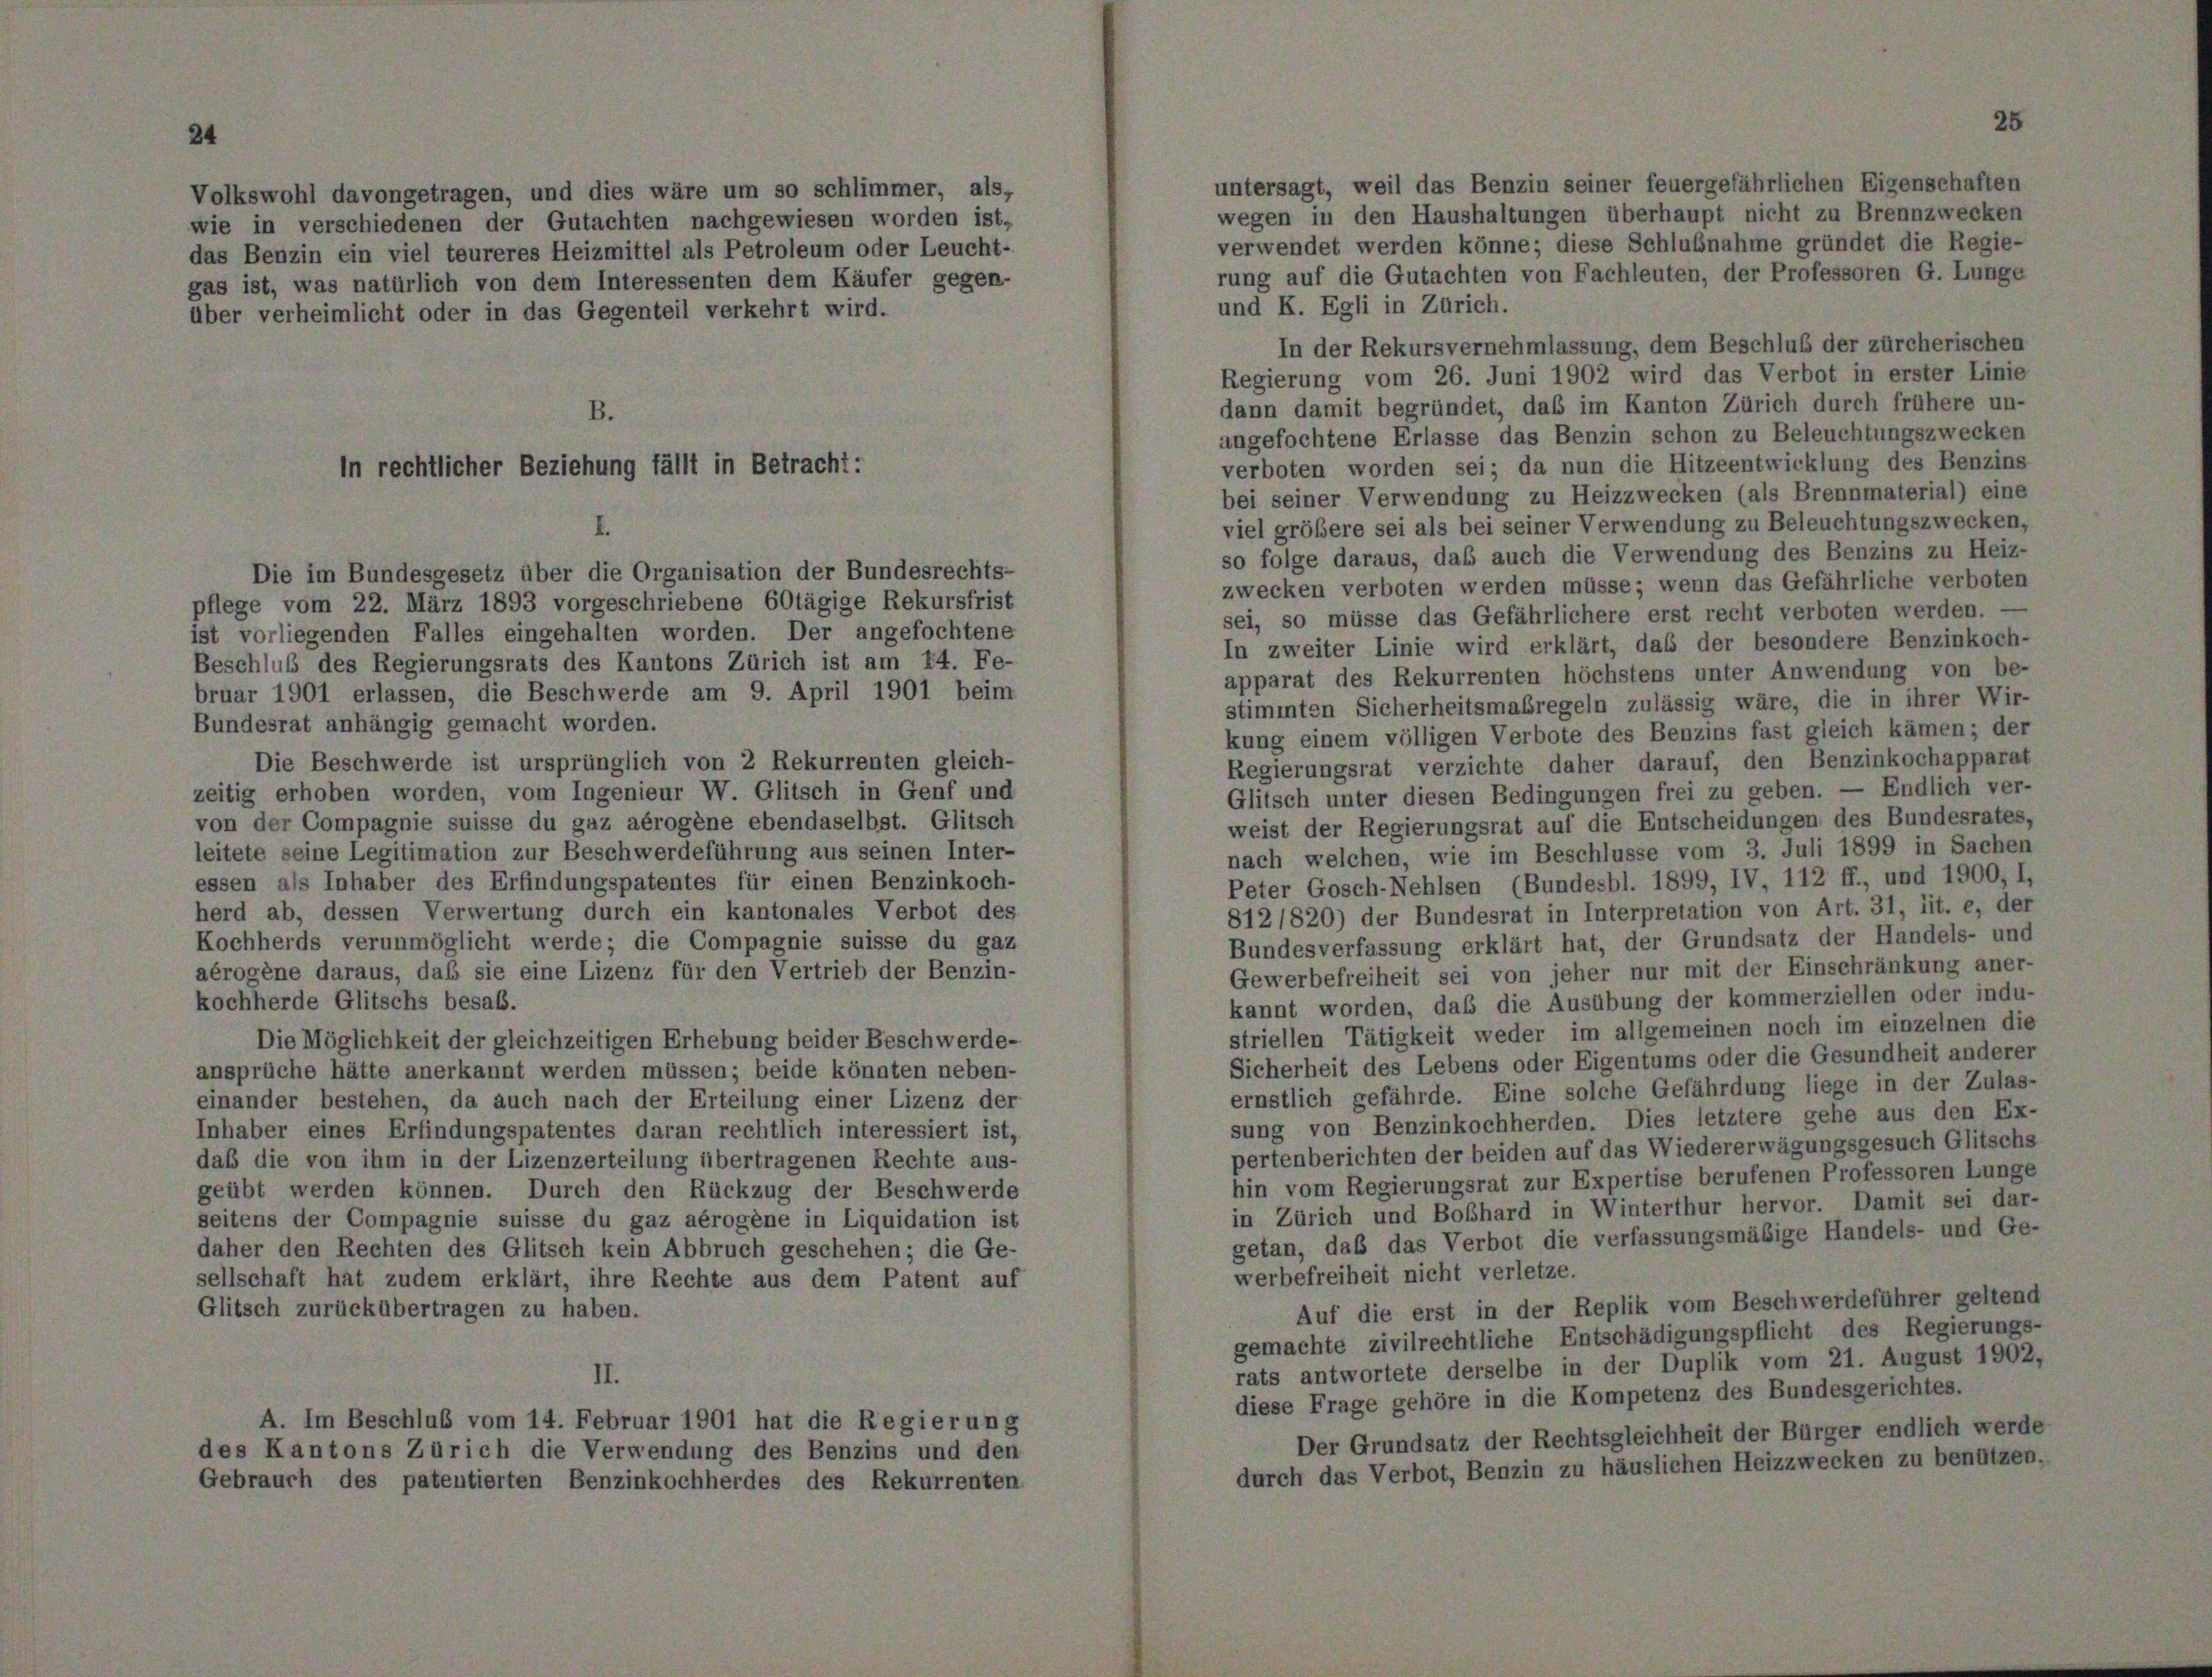
s I

pflege vom 22. März 1893 vorgeschriebene 60tägige Rekursfrist
ist vorliegenden Falles eingehalten worden. Der angefochtene
Beschluß des Regierungsrats des Kantons Zürich ist am 14. Fe-
bruar 1901 erlassen, die Beschwerde am 9. April 1901 beim
Bundesrat anhängig gemacht worden.
Die Beschwerde ist ursprünglich von 2 Rekurrenten gleich-
zeitig erhoben worden, vom Ingenieur W. Glitsch in Genf und
von der Compagnie suisse du gaz abrogène ebendaselbst. Glitsch
leitete seine Legitimation zur Beschwerdeführung aus seinen Inter-
essen als Inhaber des Erfindungspatentes für einen Benzinkoch-
herd ab, dessen Verwertung durch ein kantonales Verbot des
Kochherds verunmöglicht werde; die Compagnie suisse du gaz
aérogène daraus, daß sie eine Lizenz für den Vertrieb der Benzin-
kochherde Glitschs besab.
Die Möglichkeit der gleichzeitigen Erhebung beider Beschwerde-
ansprüche hätte anerkannt werden müssen; beide könnten neben-
einander bestehen, da auch nach der Erteilung einer Lizenz der
Inhaber eines Erfindungspatentes daran rechtlich interessiert ist,
daß die von ihm in der Lizenzerteilung übertragenen Rechte aus-
geübt werden können. Durch den Rückzug der Beschwerde
seitens der Compagnie suisse du gaz aérogène in Liquidation ist
daher den Rechten des Glitsch kein Abbruch geschehen; die Ge-
sellschaft hat zudem erklärt, ihre Rechte aus dem Patent auf
Glitsch zurückübertragen zu haben.

A. Im Beschluß vom 14. Februar 1901 hat die Res
s Kantons Zürich die Verwendung des Benzins
brauch des patentierten Benzinkochherdes des Reb

viesen worden ist,
leum oder Leucht-

ung

tersagt, weil das Benzin seiner feuergefäh
igen in den Haushaltungen überhaupt i
erwendet werden könne; diese Schlußnahr
ng auf die Gutachten von Fachleuten, der
d K. Egli in Zürich.

In der Rekurs vernehmlassung, dem Beschluß der zürcherischer
egierung vom 26. Juni 1902 wird das Verbot in erster Linie
inn damit begründet, das im Kanton Zürich durch frühere un
gefochtene Erlasse das Benzin schon zu Beleuchtungszwecker
erboten worden sei; da nun die Hitzeentwicklung des Benzin
i seiner Verwendung zu Heizzwecken (als Brennmaterial) ein
iel größere sei als bei seiner Verwendung zu Beleuchtungszwecker
folge daraus, daß auch die Verwendung des Benzins zu Heiz
wecken verboten werden müsse; wenn das Gefährliche verbote
l, so müsse das Gefährlichere erst recht verboten werden.
 zweiter Linie wird erklärt, daß der besondere Benzinkoch
pparat des Rekurrenten höchstens unter Anwendung von be
timmten Sicherheitsmaßregeln zulässig wäre, die in ihrer Wir
ung einem völligen Verbote des Benzins fast gleich kämen; de
egierungsrat verzichte daher darauf, den Benzinkochappare
litsch unter diesen Bedingungen frei zu geben. — Endlich ve
eist der Regierungsrat auf die Entscheidungen des Bundesrates
ach welchen, wie im Beschlüsse vom 3. Juli 1899 in Sache
eter Gosch-Nehlsen (Bundesbl. 1899, IV, 112 ff., und 1900,
12/820) der Bundesrat in Interpretation von Art. 31, lit. e, de
fundesverfassung erklärt hat, der Grundsatz der Handels- un
Gewerbefreiheit sei von jeher nur mit der Einschränkung ane
annt worden, daß die Ausübung der kommerziellen oder ind
riellen Tätigkeit weder im allgemeinen noch im einzelnen d
icherheit des Lebens oder Eigentums oder die Gesundheit ander
rnstlich gefährde. Eine solche Gefährdung liege in der Zula
ung von Benzinkochherden. Dies letztere gehe aus den E
pertenberichten der beiden auf das Wiedererwägungsgesuch Glitsc
in vom Regierungsrat zur Expertise berufenen Professoren Lun
in Zürich und Boßhard in Winterthur hervor. Damit sei da
getan, daß das Verbot die verfassungsmäßige Handels- und G
verbefreiheit nicht verletze.
Auf die erst in der Replik vom Beschwerdeführer gelter
gemachte zivilrechtliche Entschädigungspflicht des Regierung
rats antwortete derselbe in der Duplik vom 21. August 190
diese Frage gehöre in die Kompetenz des Bundesgerichtes.
Der Grundsatz der Rechtsgleichheit der Bürger endlich wer
durch das Verbot, Benzin zu häuslichen Heizzwecken zu benützt